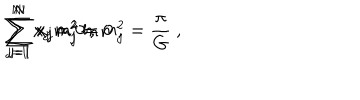
\sum _ { j = 1 } ^ { N } x _ { j } = 0 ~ , \hspace { 1 c m } \sum _ { j = 1 } ^ { N } x _ { j } m _ { j } ^ { 2 } = 0 ~ , \hspace { 1 c m } \sum _ { j = 1 } ^ { N } x _ { j } m _ { j } ^ { 2 } \ln m _ { j } ^ { 2 } = { \frac { \pi } { G } } ~ ,